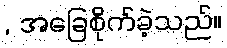
, အခြေစိုက်ခဲ့သည်။